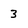
Character: 3